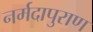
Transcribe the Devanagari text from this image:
नर्मदापुराण